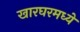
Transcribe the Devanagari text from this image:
खारघरमध्ये